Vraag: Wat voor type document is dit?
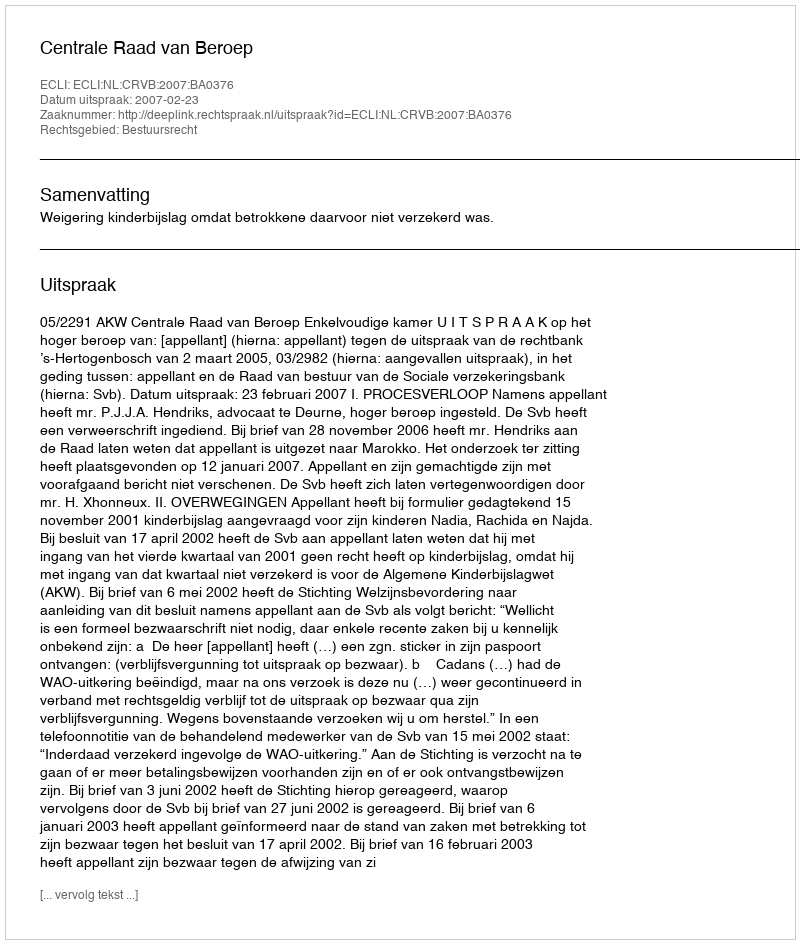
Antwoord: Uitspraak